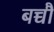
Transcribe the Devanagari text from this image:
बच्चौ